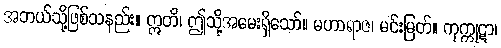
အဘယ်သို့ဖြစ်သနည်း။ ဣတိ၊ ဤသို့အမေးရှိသော်။ မဟာရာဇ၊ မင်းမြတ်။ ကုက္ကုဋာ၊